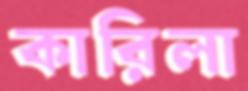
কারিলা